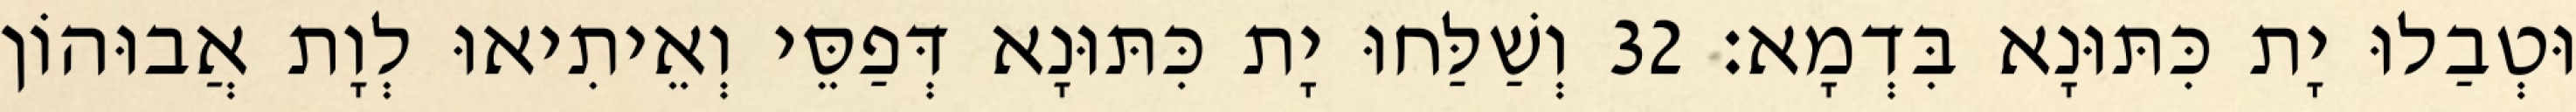
וּטְבַלוּ יָת כִּתּוּנָא בִּדְמָא׃ 32 וְשַׁלַּחוּ יָת כִּתּוּנָא דְּפַסֵּי וְאֵיתִיאוּ לְוָת אֲבוּהוֹן